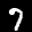
Label: 7